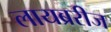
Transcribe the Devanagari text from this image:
लायब्ररीज